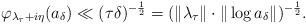
LaTeX: \begin{align*} \varphi_{\lambda_\tau+i\eta}(a_\delta) \ll (\tau\delta)^{-\frac12} = (\|\lambda_\tau\|\cdot \|\log a_\delta\|)^{-\frac12}.\end{align*}